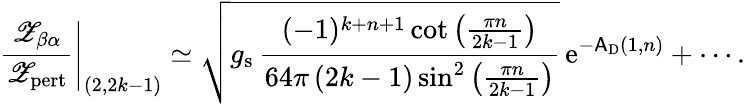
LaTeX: \left.\frac{{\mathscr Z}_{\beta\alpha}}{{\mathscr Z}_{\mathrm{pert}}}\right|_{(2,2k-1)}\simeq\sqrt{g_{\mathrm{s}}\, \frac{(-1)^{k+n+1}\cot\left(\frac{\pi n}{2k-1}\right)}{64\pi\left(2k-1\right)\sin^{2}\left(\frac{\pi n}{2k-1}\right)}}\, {\mathrm{e}}^{-\mathsf{A}_{\mathrm{D}}(1,n)}+\cdots.